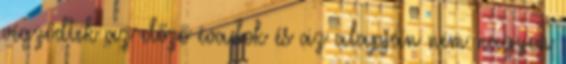
végződtek az előző évadok és az alapján nem nagyon